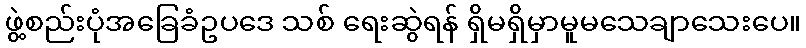
ဖွဲ့စည်းပုံအခြေခံဥပဒေ သစ် ရေးဆွဲရန် ရှိမရှိမှာမူမသေချာသေးပေ။